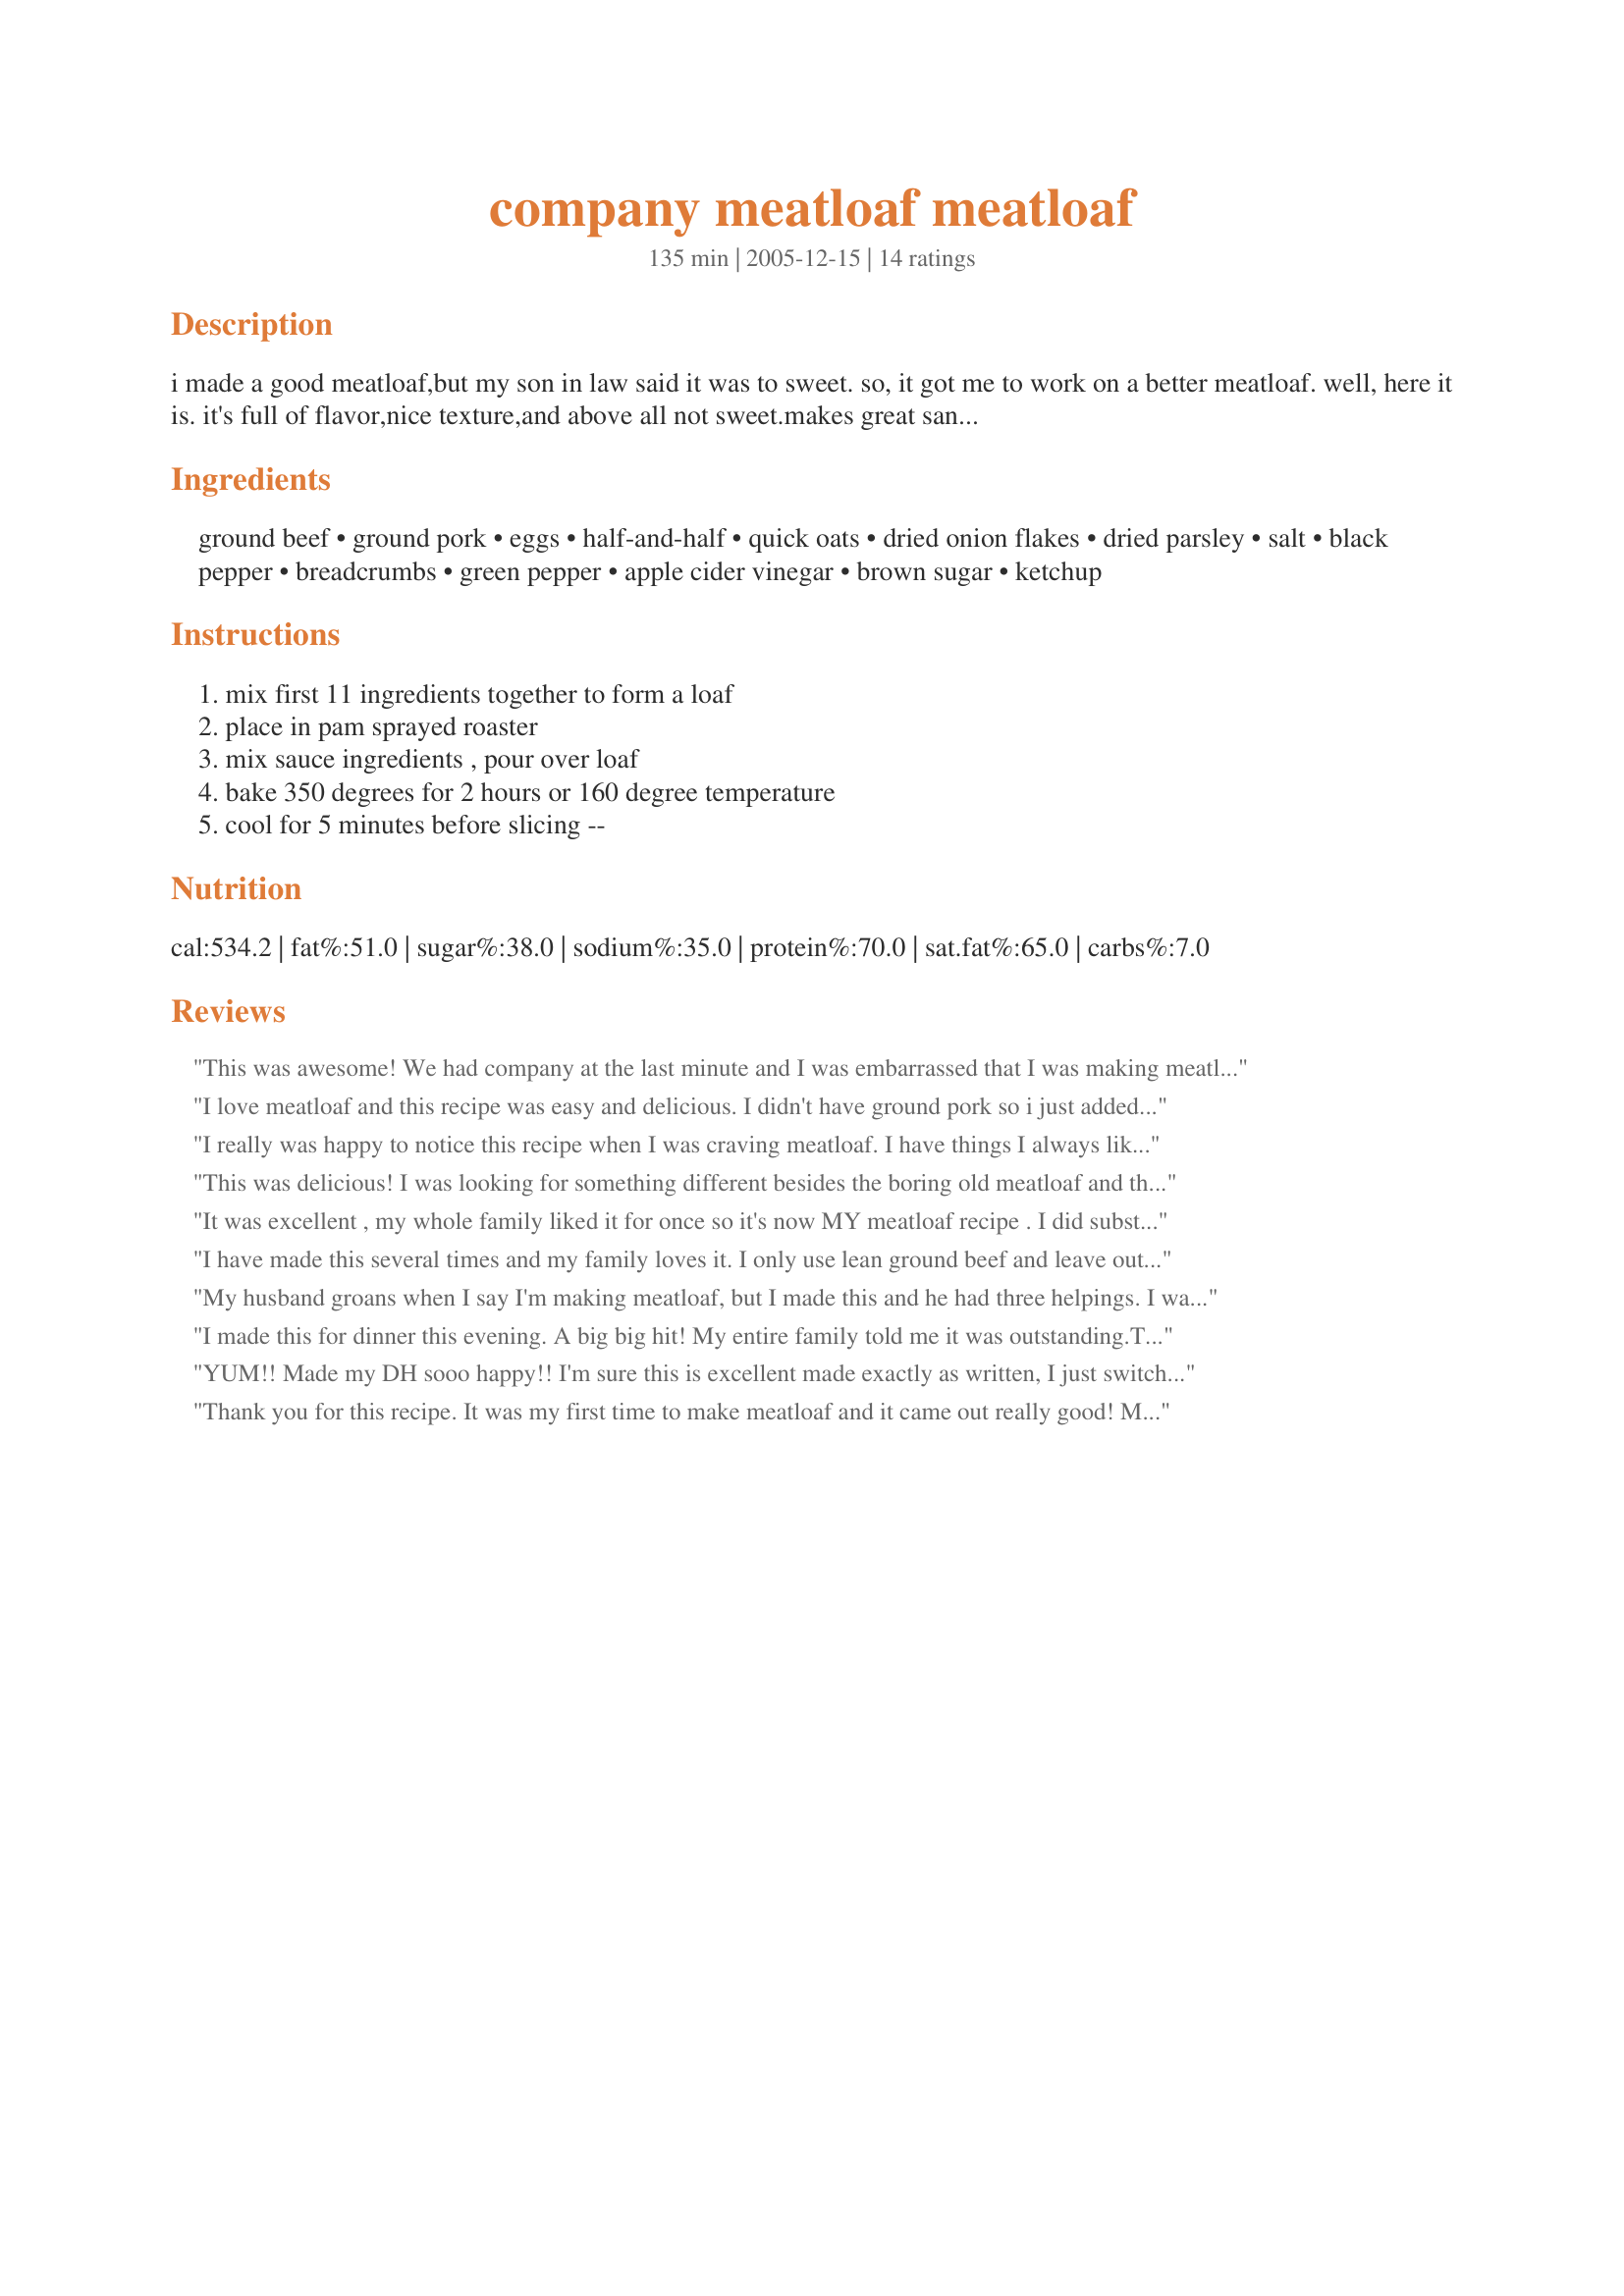
company meatloaf meatloaf
Preparation time: 135 minutes

i made a good meatloaf,but my son in law said it was to sweet. so, it got me to work on a better meatloaf. well, here it is. it's full of flavor,nice texture,and above all not sweet.makes great sandwiches too!!

Ingredients:
ground beef, ground pork, eggs, half-and-half, quick oats, dried onion flakes, dried parsley, salt, black pepper, breadcrumbs, green pepper, apple cider vinegar, brown sugar, ketchup

Steps:
mix first 11 ingredients together to form a loaf, place in pam sprayed roaster, mix sauce ingredients , pour over loaf, bake 350 degrees for 2 hours or 160 degree temperature, cool for 5 minutes before slicing --

Reviews:
This was awesome! We had company at the last minute and I was embarrassed that I was making meatloaf and not something extra special. Boy was I wrong! This IS Extra Special Meatloaf. Everyone devoured it. This meatloaf slices perfectly and makes outstanding sandwiches the next day. I used a combination of red and green peppers and followed the recipe exactly. Great balance of sweet and savory. I will be making this one again. Thanks Potluck.

Made this again last week - OMG so good!
I love meatloaf and this recipe was easy and delicious. I didn't have ground pork so i just added an additional lb of beef. I also exchanged the bread crumbs with regular rolled oats. I omitted the green peppers because I don't like them and added about 1 1/2 tbs. of Italian seasoning. VERY yummy.
I really was happy to notice this recipe when I was craving meatloaf. I have things I always like in my meatloaf but I have problems with the proportions of the basic stuff (meat, binder, eggs) so this was a very helpful recipe. I ended up using 1 1/2 lb ground chuck and 1 1/2 lb ground sirloin (forgot the pork) and as I had also forgotten the bread crumbs, I used about 1/2 a sleeve of crushed Ritz crackers. 
I like veggies in meatloaf so in the mini chopper I processed one carrot, one small vidalia onion and 1/2 a red bell pepper. 
I put the loaf on 3 slices of bread on a foil lined cookie sheet--the bread absorbs the grease. I formed a big brick shaped loaf and baked per your directions. Oh, I forgot about the sauce and added it after the first hour. I put on half the recipe then 30 min later I added the rest. 

That topping sauce is awesome! I love the kick from the vinegar--I was afraid to add the 4 T and did 4 tsp instead and it was still really delicious! Hope I didn't stray too far from the basic recipe...but like I said, for me this recipe was so helpful and it's going into the regular rotation!
Thanks for posting!
This was delicious! I was looking for something different besides the boring old meatloaf and this recipe is pretty much has all the standard ingredients I put in my meatloaf, but what really sets this apart is the topping! It was so delicious, i really wish there was extra sauce to put on the slices when i served it! I think next time i will make a saucepan of it to serve with the meatloaf
It was excellent , my whole family liked it for once so it's now MY meatloaf recipe . I did substitute 1/2and1/2 for lactose free milk and it still was great ! Thank you !
I have made this several times and my family loves it. I only use lean ground beef and leave out the pork, also I use a finely chopped onion and a bit of onion powder instead of the dehydrated onion flakes. The peppers, parsley and apple cider vinegar give it a very nice flavour.
My husband groans when I say I'm making meatloaf, but I made this and he had three helpings. I was amazed! The only thing I did different was I used seasoning salt (my own recipe) instead of plain salt and sauted the green pepper a little bit before adding it to the mix. The sauce was so good that next time I am going to make extra and heat it so we can serve it at the table.
I made this for dinner this evening. A big big hit! My entire family told me it was outstanding.They all requested that this become the ONLY recipie for meatloaf I ever use! Thanks for a great recipie!
YUM!! Made my DH sooo happy!! I'm sure this is excellent made exactly as written, I just switched it up to what I had, etc. and feel I need to note the changes so readers know what I rated my review on. Used 1 lb ground veal, 1 lb ground pork, & 8 oz ground sirloin. (8 oz less ground meat then what recipe called for so I decreased other loaf ingredients just a tad). Used heavy cream, needed to use it up. Ground stuffing crumbs in place of bread, for flavor. Morton's hot salt, for fun. 1/2 of a lg onion, finely chopped in place of green pepper & dried flakes, preference. Increased the sauce so we'd have more to coat each slice (I'm a vinegar lover!) Baked exactly as directed on a rack in a roaster. This was amazing! Sliced better then any meatloaf I've ever made. And will always be my meatloaf recipe. Thanks for posting!
Thank you for this recipe. It was my first time to make meatloaf and it came out really good! My husband said he would definitely ask for it again. I added about 2 tablespoons of Mama Sita Filipino Barbeque Marinade Mix to the ketchup mix just for a little taste of home and it worked. Thanks again!
Great meatloaf! This was my first attempt at meatloaf and I was truly impressed. I used 1 lb ground pork, 1 lb ground elk and 1 lb ground beef. Husband was raving for days. Thank you for the great recipe. Will definately use this recipe again and again.
This a GREAT meatloaf. Gr. beef was on sale so I bought 6+ lbs. Like to cook in quantity for freezer and daughter and her family. Picked up some bulk home made breakfast sausage by mistake, independent market. anyway the sausage worked fine. I used the option to change the recipe. kept adding servings until it equated to the number of ounces of meat I had. Had 1/2 & 1/2 so used it up. Did not have enough dried onion flakes so I substituted onion salt for the regular salt. did not have typical breadcrumbs substituted Panko worked well. recipe called for something like 6 7/8 eggs, had jumbos so used 6. Also used both green and red peppers. cooked it all up in tinfoil pans various sizes small to medium.small cooked in about 30 minutes rest cooked in 35. got 7 medium and 2 small. cooled well over night in pans in refrigerator. froze most in pans. cut a couple of pans up into nice 1+ inch pieces froze those in the freezer on pans then put them in freezer bags. they froze great. they cut very well, no crumbling. will make this one over and over and yes it makes a GREAT sandwich
I've made this several times and it really is a good meatloaf recipe. Since there are only 2 of us, what I do is make the whole recipe and then divide it into two loaves. I cook one that night and wrap the other one well and pop it in the freezer for an easy dinner at a later date. I only use 1 T of sugar in the sauce though, otherwise its way too sweet for our tastes.
This meatloaf was easy and delicious! I usually deviate from the recipe but I followed this one completely. I took a hint from another reviewer and doubled the sauce. I'm glad I did!
My kids loved it.
